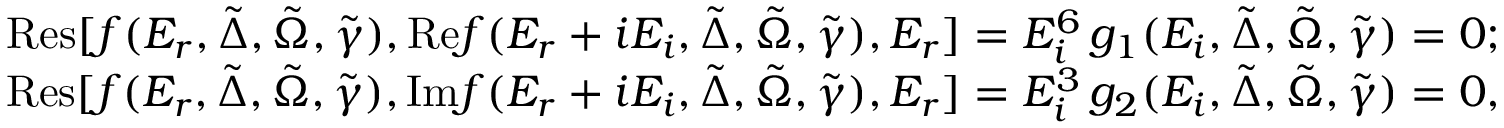
\begin{array} { r } { \mathrm { R e s } [ f ( E _ { r } , \tilde { \Delta } , \tilde { \Omega } , \tilde { \gamma } ) , \mathrm { R e } f ( E _ { r } + i E _ { i } , \tilde { \Delta } , \tilde { \Omega } , \tilde { \gamma } ) , E _ { r } ] = E _ { i } ^ { 6 } \, g _ { 1 } ( E _ { i } , \tilde { \Delta } , \tilde { \Omega } , \tilde { \gamma } ) = 0 ; } \\ { \mathrm { R e s } [ f ( E _ { r } , \tilde { \Delta } , \tilde { \Omega } , \tilde { \gamma } ) , \mathrm { I m } f ( E _ { r } + i E _ { i } , \tilde { \Delta } , \tilde { \Omega } , \tilde { \gamma } ) , E _ { r } ] = E _ { i } ^ { 3 } \, g _ { 2 } ( E _ { i } , \tilde { \Delta } , \tilde { \Omega } , \tilde { \gamma } ) = 0 , } \end{array}